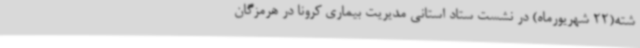
شته(22 شهریورماه) در نشست ستاد استانی مدیریت بیماری کرونا در هرمزگان